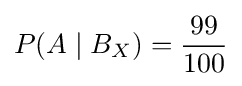
P(A\mid B_{X})={99 \over 100}